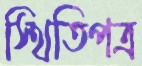
স্থিতিপত্র